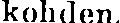
kohden.